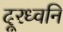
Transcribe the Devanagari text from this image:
दूरध्वनि